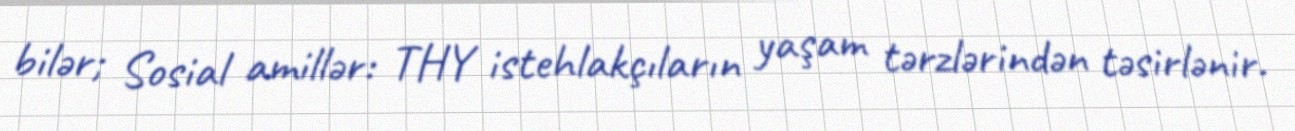
bilər; Sosial amillər: THY istehlakçıların yaşam tərzlərindən təsirlənir.